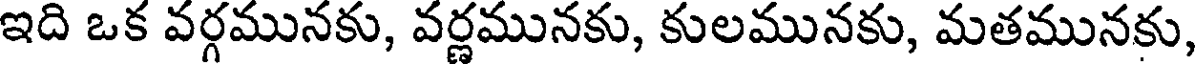
ఇది ఒక వర్గమునకు, వర్ణమునకు, కులమునకు, మతమునకు,